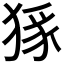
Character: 𭸜